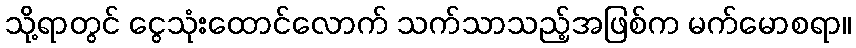
သို့ရာတွင် ငွေသုံးထောင်လောက် သက်သာသည့်အဖြစ်က မက်မောစရာ။